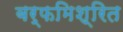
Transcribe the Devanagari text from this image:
बर्फमिश्रित